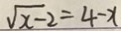
\sqrt { x - 2 } = 4 - x